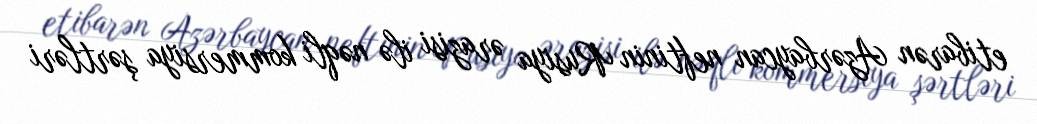
etibarən Azərbaycan neftinin Rusiya ərazisi ilə nəqli kommersiya şərtləri